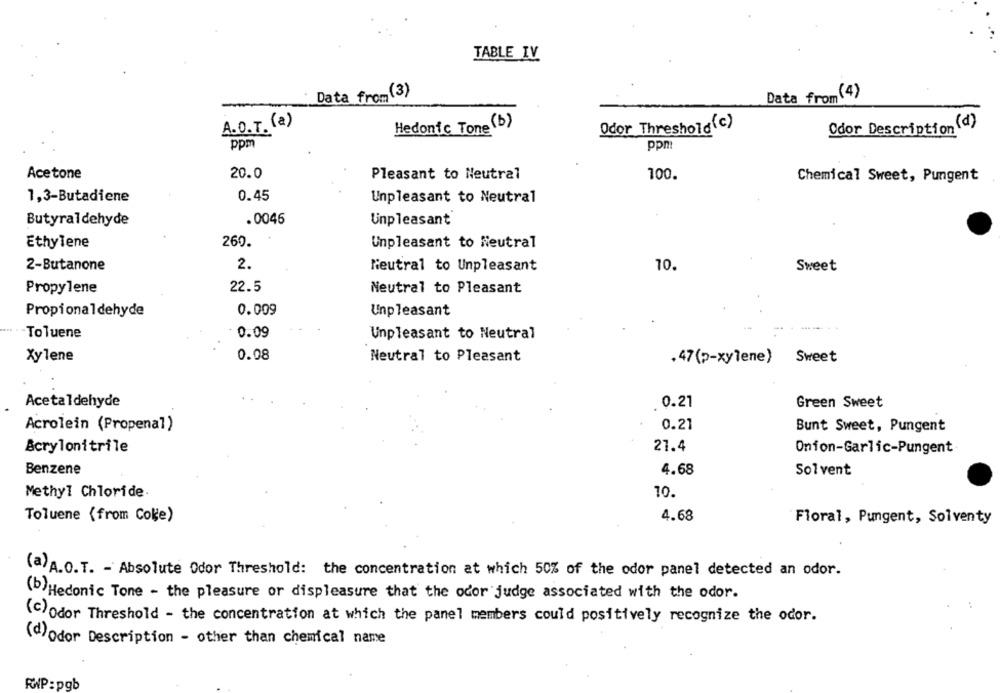
TABLE IV
Data from (3)
Data from(4)
A.O.T. (a)
T.
Hedonic Tone (b)
Odor Threshold(c)
Odor Description (d)
ppm
ppm
20.0
Acetone
Pleasant to Neutral
100.
Chemical Sweet, Pungent
1,3-Butadiene
0.45
Unpleasant to Neutral
Butyraldehyde
.0046
Unpleasant
260.
Ethylene
Unpleasant to Neutral
2-Butanone
2.
Neutral to Unpleasant
10.
Sweet
Propylene
22.5
Neutral to Pleasant
Propionaldehyde
0.009
Unpleasant
-Toluene
0.09
Unpleasant to Neutral
Xylene
0.08
Neutral to Pleasant
. 47(p-xylene)
Sweet
Acetaldehyde
0.21
Green Sweet
Acrolein (Propenal)
0.21
Bunt Sweet, Pungent
Acrylonitrile
21.4
Onion-Garlic-Pungent
Benzene
4.68
Solvent
Methyl Chloride.
10.
Toluene (from Coke)
4.68
Floral, Pungent, Solventy
(a)A.O. T. - Absolute Odor Threshold: the concentration at which 50% of the odor panel detected an odor.
(b)Hedonic Tone - the pleasure or displeasure that the odor judge associated with the odor.
(C) Odor Threshold - the concentration at which the panel members could positively recognize the odor.
(d)Odor Description - other than chemical name
RWP:pgb